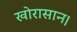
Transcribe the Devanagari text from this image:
खोरासान।